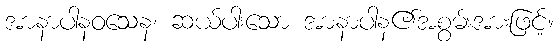
အာနာပါနဝသေန၊ ဆယ်ပါးသော အာနာပါန၏အစွမ်းအားဖြင့်။